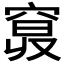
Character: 𥦦